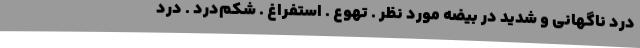
درد ناگهانی و شدید در بیضه مورد نظر . تهوع . استفراغ . شکم‌درد . درد